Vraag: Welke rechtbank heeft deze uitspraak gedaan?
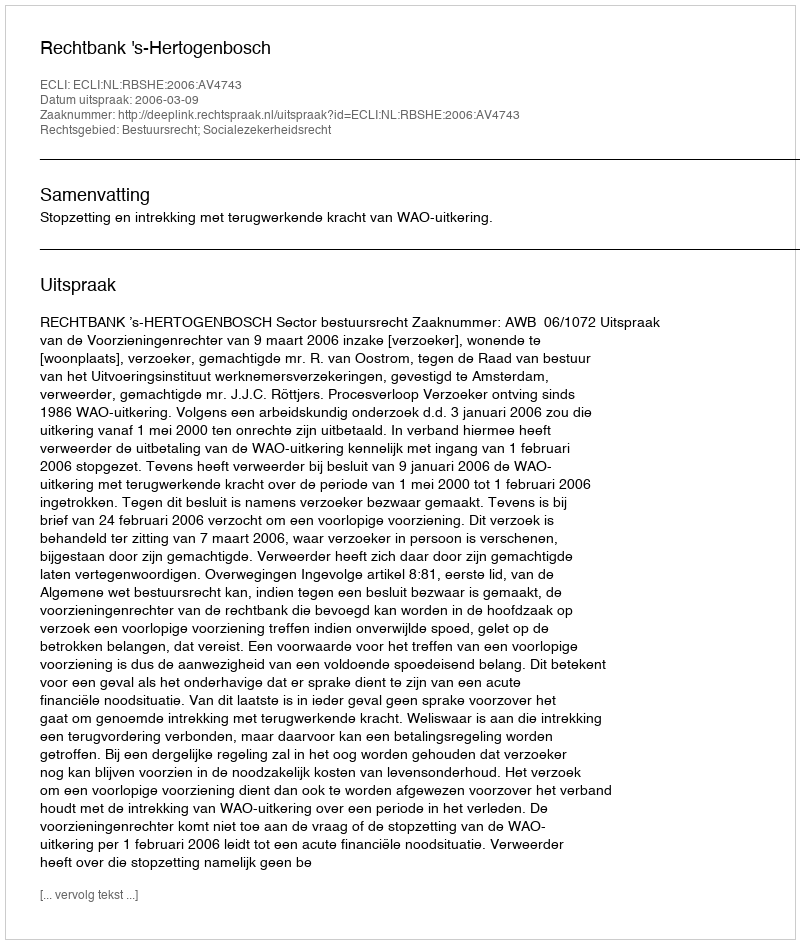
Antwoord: Rechtbank 's-Hertogenbosch